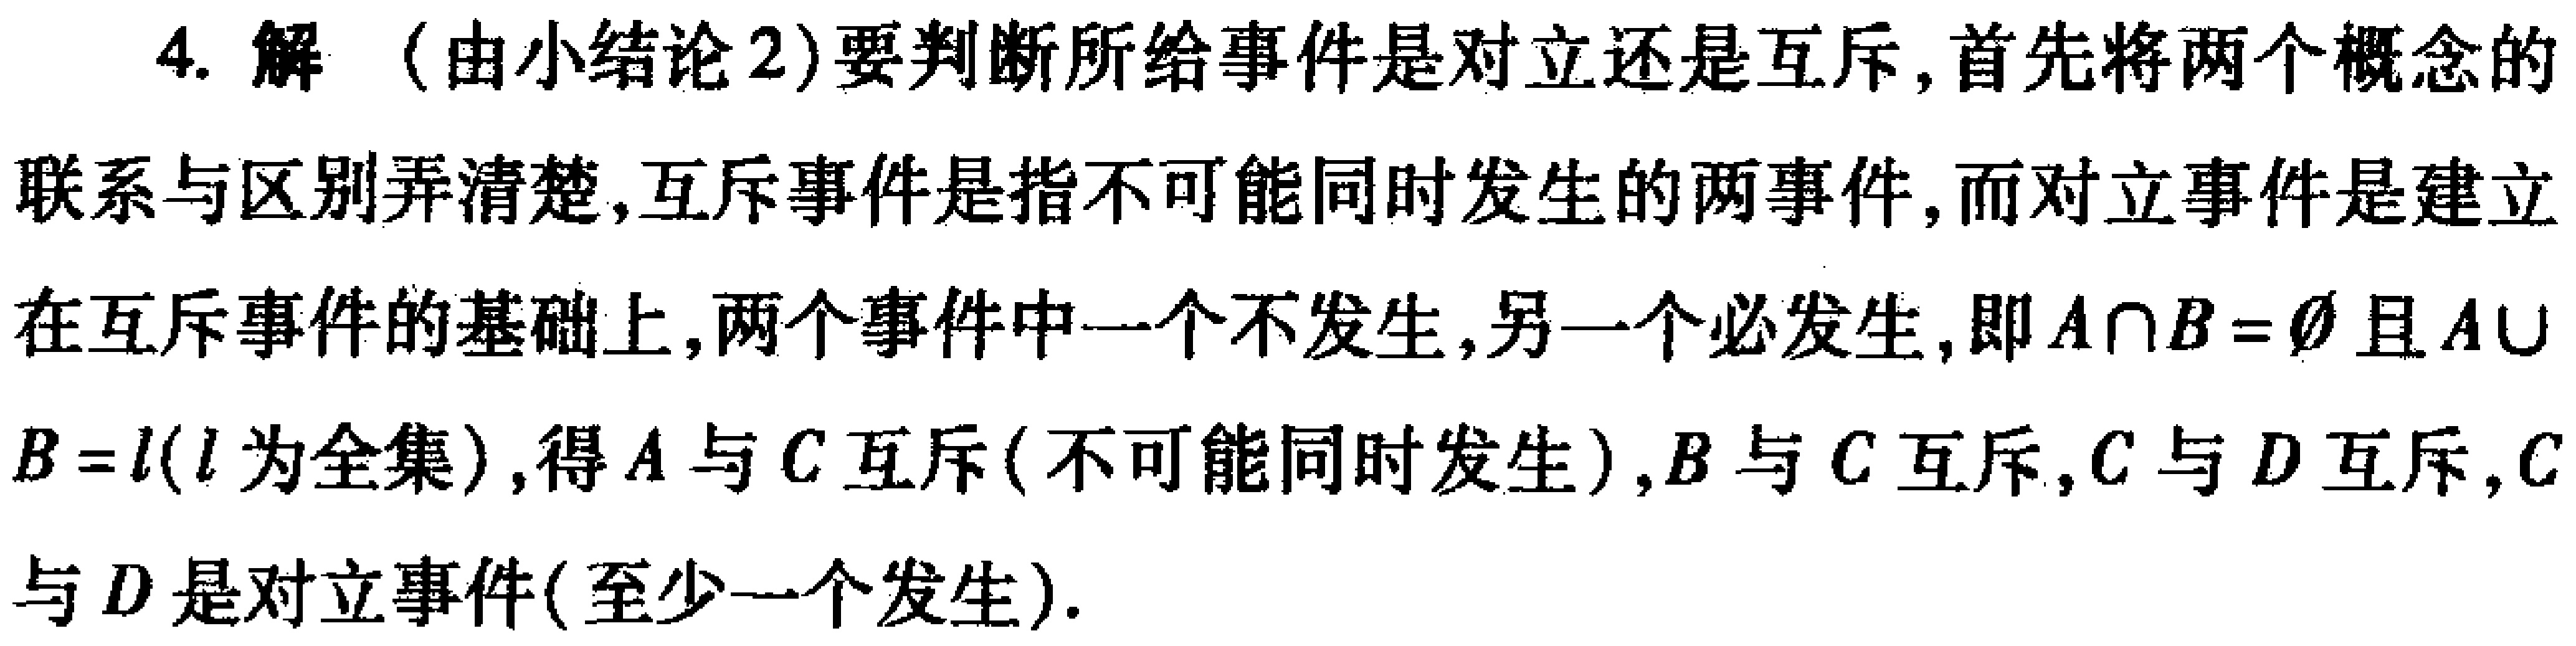
4. 解（由小结论2）要判断所给事件是对立还是互斥,首先将两个概念的

联系与区别弄清楚,互斥事件是指不可能同时发生的两事件,而对立事件是建立

在互斥事件的基础上,两个事件中一个不发生,另一个必发生,即\(A\cap B = \varnothing\)且\(A\cup

B = l\)（\(l\)为全集）,得\(A\)与\(C\)互斥(不可能同时发生),\(B\)与\(C\)互斥,\(C\)与\(D\)互斥,\(C\)

与\(D\)是对立事件(至少一个发生).